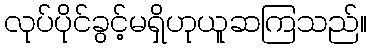
လုပ်ပိုင်ခွင့်မရှိဟုယူဆကြသည်။